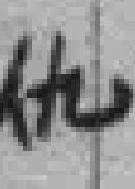
仇